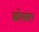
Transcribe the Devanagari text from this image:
कोलम।